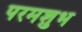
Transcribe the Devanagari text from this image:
परमशुभ